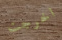
اخرجت